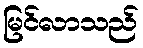
မြင်လာသည်